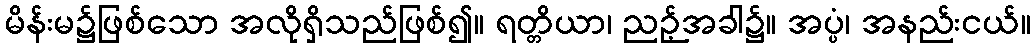
မိန်းမ၌ဖြစ်သော အလိုရှိသည်ဖြစ်၍။ ရတ္တိယာ၊ ညဉ့်အခါ၌။ အပ္ပံ၊ အနည်းငယ်။